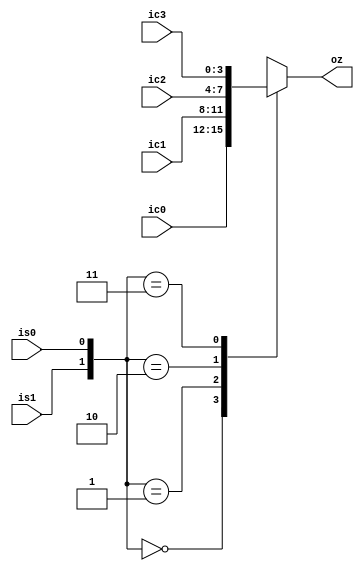
`timescale 1ns / 1ps
//////////////////////////////////////////////////////////////////////////////////
// Company: 
// Engineer: 
// 
// Design Name: 
// Module Name: MUX41
// Project Name: 
// Target Devices: 
// Tool Versions: 
// Description: 
// 
// Dependencies: 
// 
// Revision:
// Revision 0.01 - File Created
// Additional Comments:
// 
//////////////////////////////////////////////////////////////////////////////////


module MUX41(
    input [3:0] ic0,
    input [3:0] ic1,
    input [3:0] ic2,
    input [3:0] ic3,
    input is0,
    input is1,
    output reg [3:0] oz
    );
    
         always @ (*)
         begin
           case({is1,is0})
           2'b00: oz = ic0;
           2'b01: oz = ic1;
           2'b10: oz = ic2;
           2'b11: oz = ic3;
           default: oz = 1'bx; 
           endcase
         end
endmodule